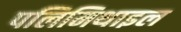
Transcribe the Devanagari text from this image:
पलिमिथाइल